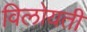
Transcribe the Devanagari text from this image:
विलोयती